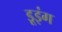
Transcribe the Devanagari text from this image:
डूइंग